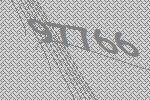
97766